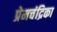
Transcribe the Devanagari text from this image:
प्रेमचंद्रिका